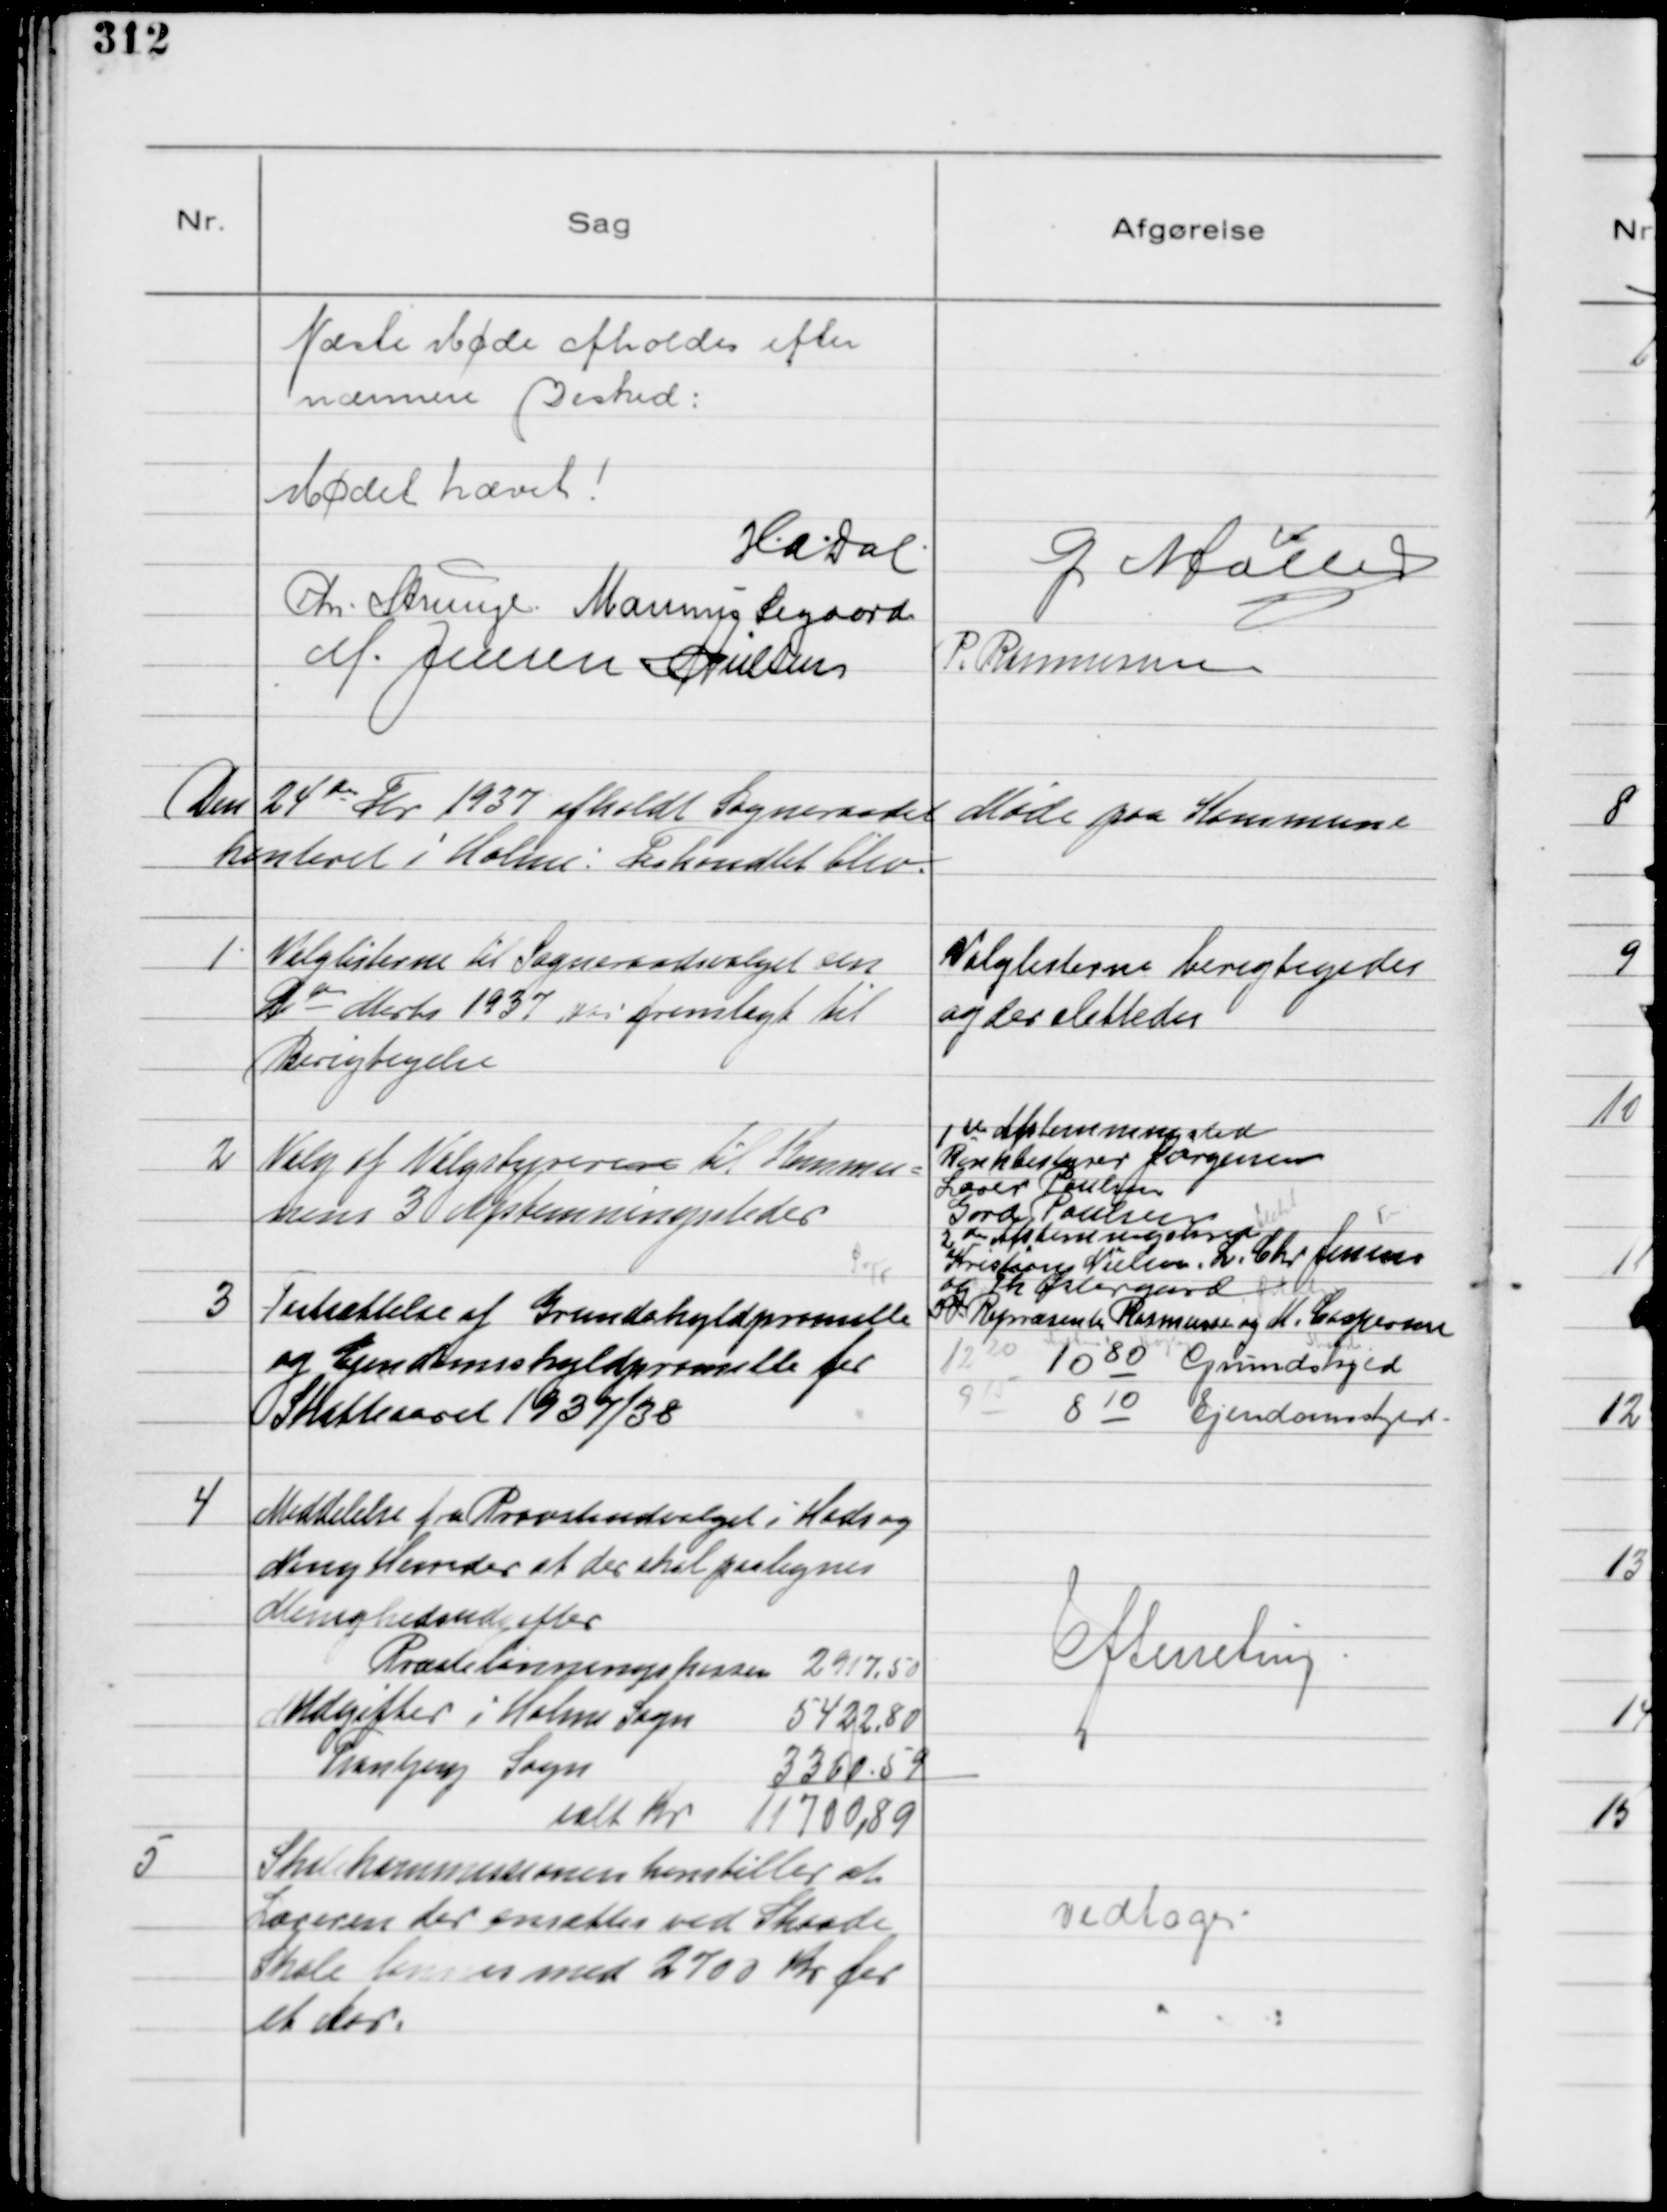
Transskription:
Næste Møde afholdes efter
nærmere Besked:

Mødet hævet!
H.a.dal
G Møller
Chr Strunge.
Marinus Sigaard
M. Jensen
N Nielsen
P. Rasmussen

Den 24 de Fbr 1937 afholdt Sogneraadet Møde paa Kommune
kontoret i Holme: Forhandlet blev.

1
Valglisterne til Sogneraadsvalget den
9 de Marts 1937 blev fremlagt til
Berigtigelse

Valglisterne berigtigedes
og der slettedes

2
Valg af Valgstyrerere til Kommu=
nens 3 Afstemningssteder

1 ste Afstemnigssted
Ronkbestyrer Jørgensen
Lærer Poulsen
Gord Paulsen
2 de Afstemningssted
Kristian Nielsen. L. Chr Jensen
og Th Østergaard
I J. Repræsent. Rasmussen og M. Caspersen

3
Fastsættelse af Grundskyldpromille
og Ejendomsskyldpromille for
Skatteaaret 1937/38

10 80 Grundskyld
8 10 Ejendomsskyld.

4
Meddelelse fra Provstiudvalget i Hads og
Ning Herreder at der skal paalignes
Menighedsudgifter
Præstelønningskassen 2917,50
Udgifter i Holme Sogn
5422,80
Tranbjerg Sogn
3360,59
ialt Kr 11700,89

Efterretning.

5
Skolekommissionen henstiller at
Læreren der ansættes ved Skaade
Skole lønnes med 2700 Kr for
et Aar.

vedtoges.